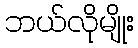
ဘယ်လိုမျိုး